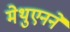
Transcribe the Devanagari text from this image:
मेथुएनने